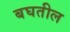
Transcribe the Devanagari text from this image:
बघतील